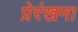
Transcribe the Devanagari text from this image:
प्रेरंखना